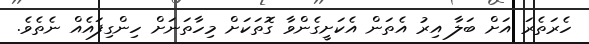
ހެރަތެރަ އަށް ބަލާ އިރު އެތަން އެކަށީގެންވާ ގޮތަކަށް މިހާތަނަށް ހިންގިފައެއް ނެތެވެ.